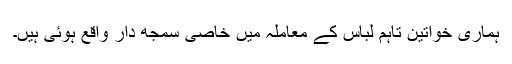
ہماری خواتین تاہم لباس کے معاملہ میں خاصی سمجھ دار واقع ہوئی ہیں۔